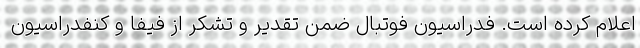
اعلام کرده است. فدراسیون فوتبال ضمن تقدیر و تشکر از فیفا و کنفدراسیون